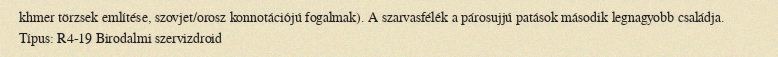
khmer törzsek említése, szovjet/orosz konnotációjú fogalmak). A szarvasfélék a párosujjú patások második legnagyobb családja. Típus: R4-19 Birodalmi szervizdroid